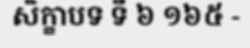
សិក្ខាបទ ទី ៦ ១៦៥ -